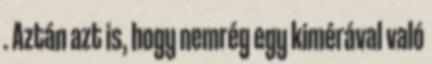
. Aztán azt is, hogy nemrég egy kimérával való